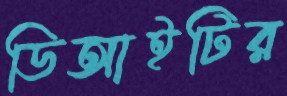
ডিআইটির